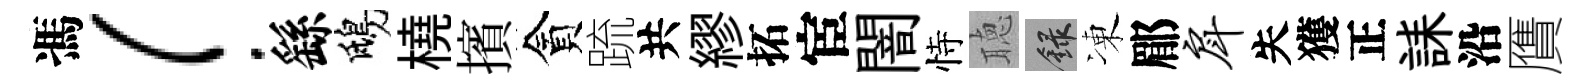
馮！繇鴟橈擯貪䟽共繆拓宦闇恃聴録凍郿戽失獲正誄沿贋